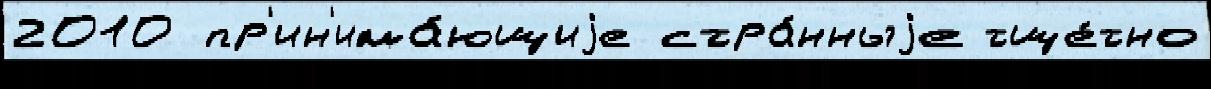
2010 пр'ин'има́ющиjе стра́нныjе тще́тно